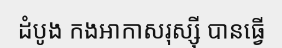
ដំបូង កងអាកាសរុស្ស៊ី បានធ្វើ